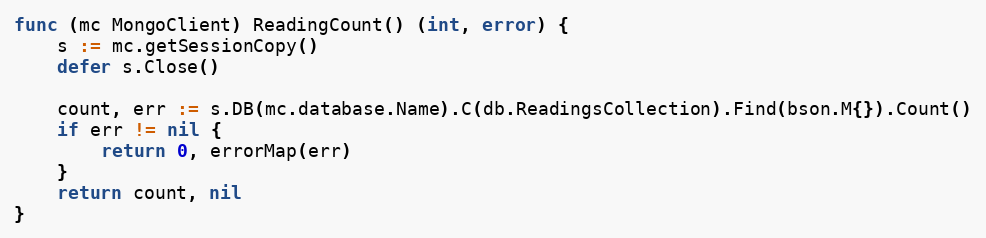
Language: Go
func (mc MongoClient) ReadingCount() (int, error) {
	s := mc.getSessionCopy()
	defer s.Close()

	count, err := s.DB(mc.database.Name).C(db.ReadingsCollection).Find(bson.M{}).Count()
	if err != nil {
		return 0, errorMap(err)
	}
	return count, nil
}